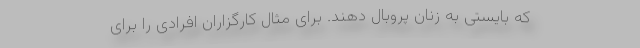
که بایستی به زنان پروبال دهند. برای مثال کارگزاران افرادی را برای